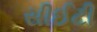
સીઈટી